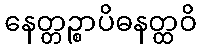
နေတ္တဉ္စာပိဓနတ္ထဝိ